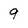
Character: 9